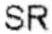
SR